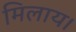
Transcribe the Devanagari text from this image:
मिलाय।